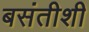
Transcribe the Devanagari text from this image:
बसंतीशी